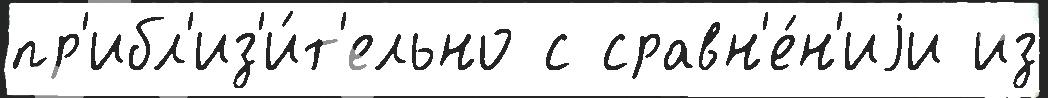
пр'ибл'из'и́т'ельно с сравн'е́н'иjи из